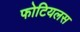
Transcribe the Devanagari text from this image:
फोटियलस